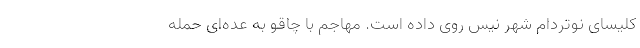
کلیسای نوتردام شهر نیس روی داده است. مهاجم با چاقو به عده‌ای حمله